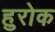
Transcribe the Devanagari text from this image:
हुरोक